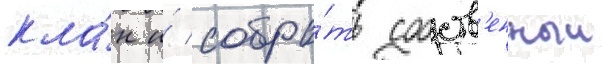
кла́н и́ собра́ть собств'енныи